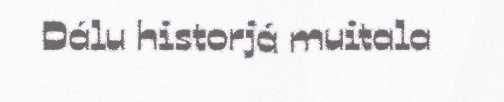
Dálu historjá muitala